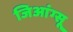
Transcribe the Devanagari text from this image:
जिआंग्सू